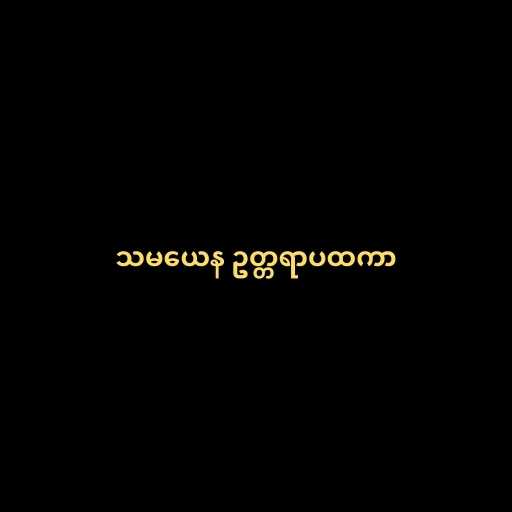
သမယေန ဥတ္တရာပထကာ